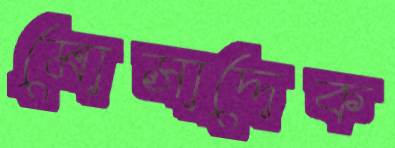
মোসাদ্দেক